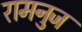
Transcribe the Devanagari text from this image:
रामनुज